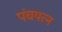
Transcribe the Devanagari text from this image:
पंचयत्न